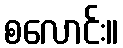
စလောင်း။